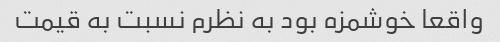
واقعا خوشمزه بود به نظرم نسبت به قیمت